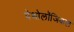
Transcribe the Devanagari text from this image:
पेथोलॉजिकल